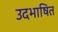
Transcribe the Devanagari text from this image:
उदभाषित